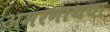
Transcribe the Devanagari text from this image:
अमरनाथचा